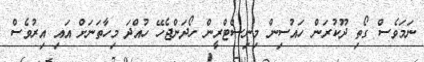
ނަމަވެސް ގޯތި ދޫކުރަން ހައުސިން މިނިސްޓްރީން ހޯދަންޖެހޭ ހުއްދަ މިހާތަނަށް އައި އިރުވެސް